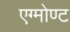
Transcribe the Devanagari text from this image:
एग्मोण्ट